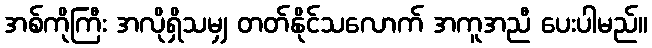
အစ်ကိုကြီး အလိုရှိသမျှ တတ်နိုင်သလောက် အကူအညီ ပေးပါမည်။